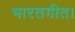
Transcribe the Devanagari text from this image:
भारतगीत।